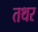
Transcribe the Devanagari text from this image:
तथर